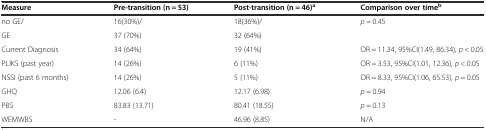
<table><thead><tr><td><b>Measure</b></td><td><b>Pre-transition (n = 53)</b></td><td><b>Post-transition (n = 46)<sup>a</sup></b></td><td><b>Comparison over time<sup>b</sup></b></td></tr></thead><tbody><tr><td>no GE/</td><td>16(30%)/</td><td>18(36%)/</td><td rowspan="2"><i>p</i> = 0.45</td></tr><tr><td>GE</td><td>37 (70%)</td><td>32 (64%)</td></tr><tr><td>Current Diagnosis</td><td>34 (64%)</td><td>19 (41%)</td><td>OR = 11.34, 95%CI(1.49, 86.34), <i>p</i> &lt; 0.05</td></tr><tr><td>PLIKS (past year)</td><td>14 (26%)</td><td>6 (11%)</td><td>OR = 3.53, 95%CI(1.01, 12.36), <i>p</i> &lt; 0.05</td></tr><tr><td>NSSI (past 6 months)</td><td>14 (26%)</td><td>5 (11%)</td><td>OR = 8.33, 95%CI(1.06, 65.53), <i>p</i> = 0.05</td></tr><tr><td>GHQ</td><td>12.06 (6.4)</td><td>12.17 (6.98)</td><td><i>p</i> = 0.94</td></tr><tr><td>PBS</td><td>83.83 (13.71)</td><td>80.41 (18.55)</td><td><i>p</i> = 0.13</td></tr><tr><td>WEMWBS</td><td>-</td><td>46.96 (8.85)</td><td>N/A</td></tr></tbody></table>